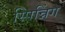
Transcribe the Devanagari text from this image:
स्पिन्निंग